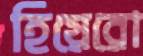
হিয়েরো